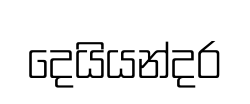
දෙයියන්දර